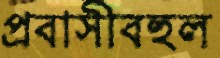
প্রবাসীবহুল